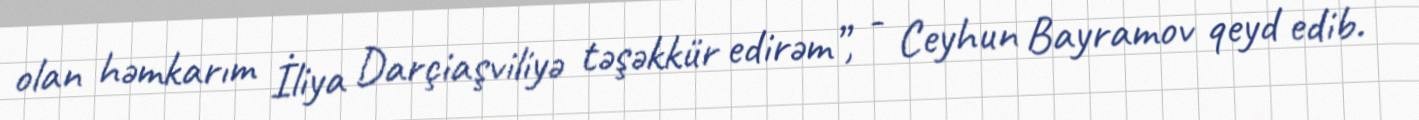
olan həmkarım İliya Darçiaşviliyə təşəkkür edirəm”, - Ceyhun Bayramov qeyd edib.